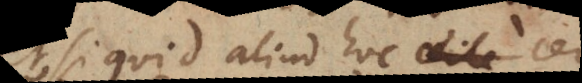
et, si quid aliud hoc certe in